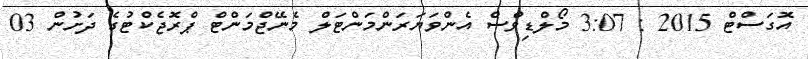
އޮގަސްޓް 2015 : 3:07 މޯލްޑިވްސް އެންވަޔަރަންމަންޓަލް މެނޭޖްމަންޓް ޕްރޮޖެކްޓުގެ ދަށުން 03